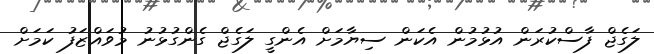
ލަގެޖް ފާސްކުރަން އުޅުމުން އެކަން ސިޔާމަށް އެންގީ ލަގެޖް ގެންގުޅުނު މުވައްޒަފު ކަމަށް